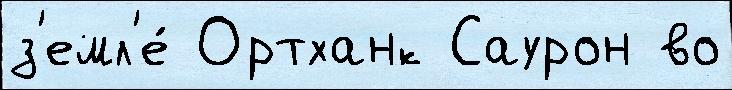
з'емл'е́ Ортханк Саурон во